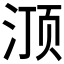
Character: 𰛽